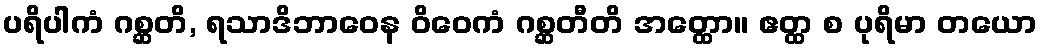
ပရိပါကံ ဂစ္ဆတိ, ရသာဒိဘာဝေန ဝိဝေကံ ဂစ္ဆတီတိ အတ္ထော။ ဧတ္ထ စ ပုရိမာ တယော